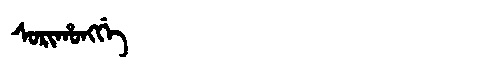
Manchu: ᠰᠣᡵᡳᡥᠣᠩᡤᡝ
Romanization: SORIHONGGE